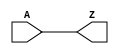
//
// This file is part of frosty-ferret-soc
//
// Copyright (c) 2023 Greg Davill <greg.davill@gmail.com>
// SPDX-License-Identifier: BSD-2-Clause

`default_nettype none
`timescale 100ps / 100ps

module DELAYG(
	input A,
	output Z
);
	parameter DEL_MODE = "USER_DEFINED";
	parameter DEL_VALUE = 0;

    
    assign #5 Z = A;

endmodule